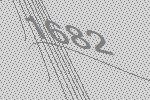
1682